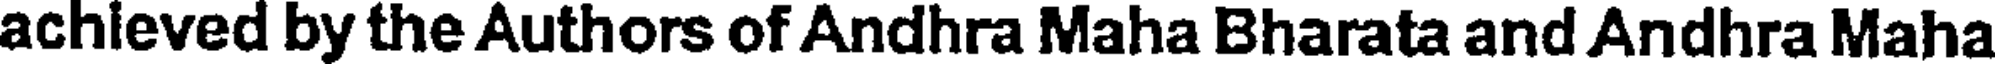
achieved by the Authors of Andhra Maha Bharata and Andhra Maha